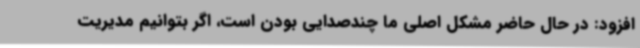
افزود: در حال حاضر مشکل اصلی ما چندصدایی بودن است، اگر بتوانیم مدیریت